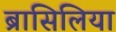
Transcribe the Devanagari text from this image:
ब्रासिलिया